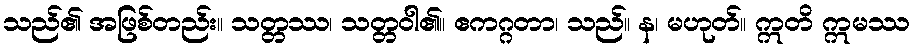
သည်၏ အဖြစ်တည်း။ သတ္တဿ၊ သတ္တဝါ၏။ ဧကဂ္ဂတာ၊ သည်။ န၊ မဟုတ်။ ဣတိ ဣမဿ